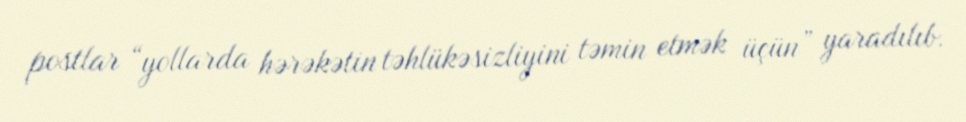
postlar “yollarda hərəkətin təhlükəsizliyini təmin etmək üçün” yaradılıb.